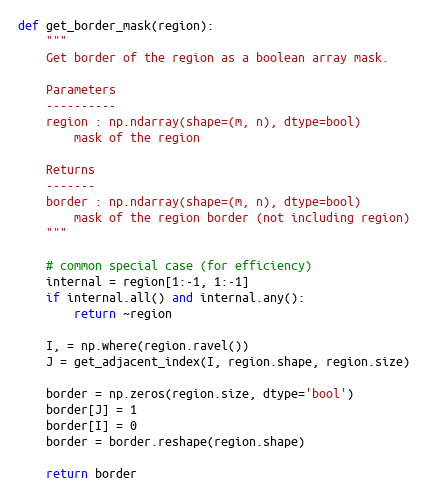
Language: Python
def get_border_mask(region):
    """
    Get border of the region as a boolean array mask.

    Parameters
    ----------
    region : np.ndarray(shape=(m, n), dtype=bool)
        mask of the region

    Returns
    -------
    border : np.ndarray(shape=(m, n), dtype=bool)
        mask of the region border (not including region)
    """

    # common special case (for efficiency)
    internal = region[1:-1, 1:-1]
    if internal.all() and internal.any():
        return ~region

    I, = np.where(region.ravel())
    J = get_adjacent_index(I, region.shape, region.size)

    border = np.zeros(region.size, dtype='bool')
    border[J] = 1
    border[I] = 0
    border = border.reshape(region.shape)

    return border